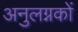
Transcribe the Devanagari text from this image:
अनुलग्नकों